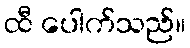
ထီ ပေါက်သည်။